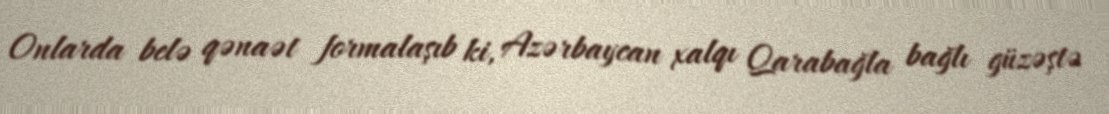
Onlarda belə qənaət formalaşıb ki, Azərbaycan xalqı Qarabağla bağlı güzəştə